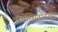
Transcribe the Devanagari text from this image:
व्यवस्थितरित्या